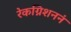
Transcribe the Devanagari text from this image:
रेकग्निशननं